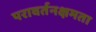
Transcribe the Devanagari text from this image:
परावर्तनक्षमता